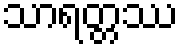
သာရတ္တဿ